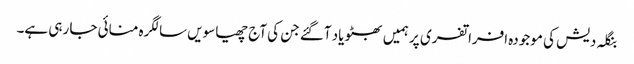
بنگلہ دیش کی موجودہ افراتفری پر ہمیں بھٹو یاد آگئے جن کی آج چھیاسویں سالگرہ منائی جا رہی ہے۔